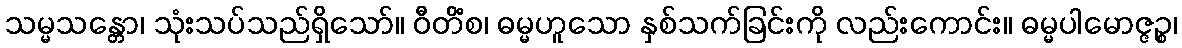
သမ္မသန္တော၊ သုံးသပ်သည်ရှိသော်။ ဝီတိံစ၊ ဓမ္မဟူသော နှစ်သက်ခြင်းကို လည်းကောင်း။ ဓမ္မပါမောဇ္ဇဉ္စ၊